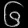
Digit: ၆